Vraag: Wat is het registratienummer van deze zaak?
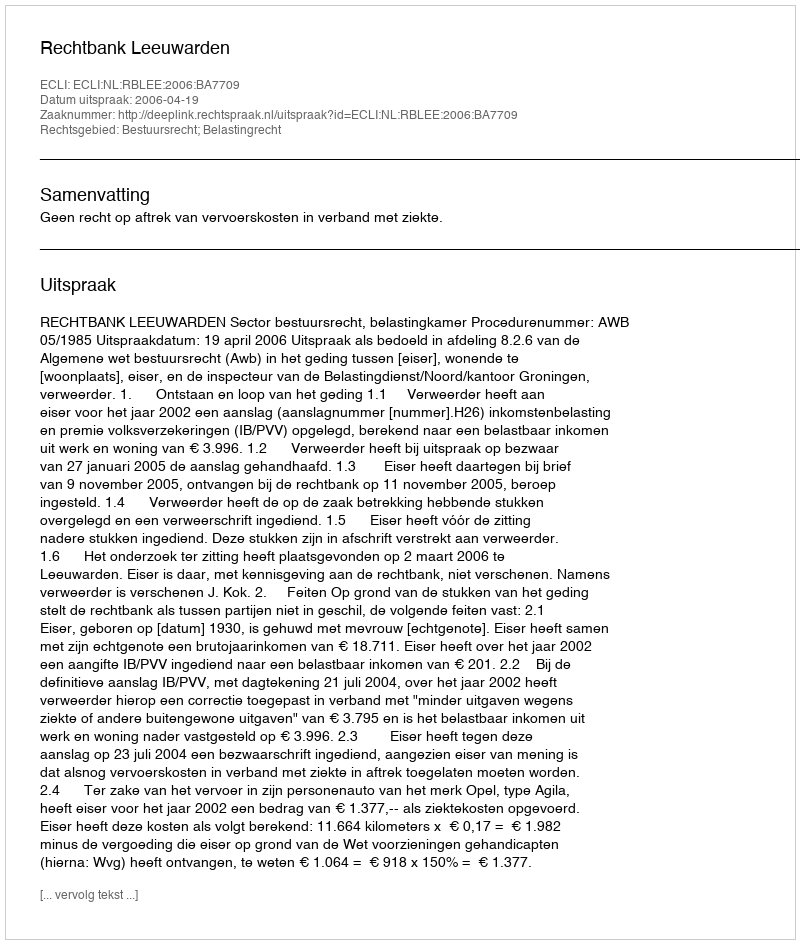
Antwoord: http://deeplink.rechtspraak.nl/uitspraak?id=ECLI:NL:RBLEE:2006:BA7709